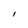
Character: I